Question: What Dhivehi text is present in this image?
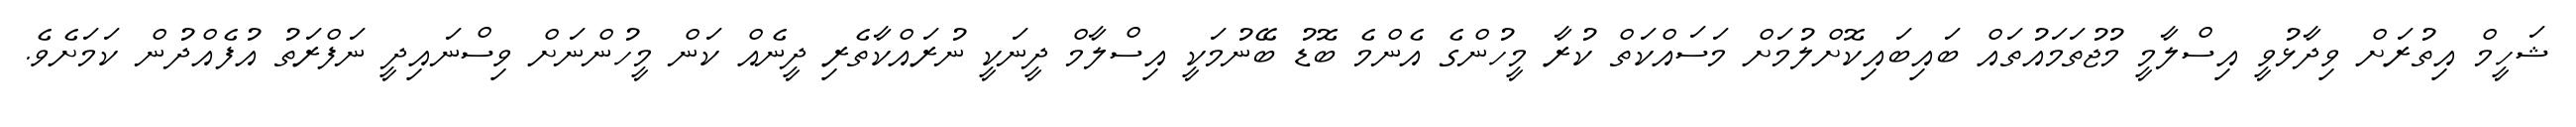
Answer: ޝަހީމް އިތުރަށް ވިދާޅުވީ އިސްލާމީ މުޖުތަމައުތައް ބައިބައިކޮށްލުމަށް މަސައްކަތް ކުރާ މީހުންގެ އެންމެ ބޮޑު ބޭނުމަކީ އިސްލާމް ދީނަކީ ނުރައްކާތެރި ދީނެއް ކަން މީހުންނަށް ވިސްނައިދީ ނަފްރަތު އުފެއްދުން ކަމަށެވެ.